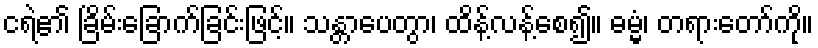
ငရဲ၏ ခြိမ်းခြောက်ခြင်းဖြင့်။ သန္တာပေတွာ၊ ထိန့်လန့်စေ၍။ ဓမ္မံ၊ တရားတော်ကို။